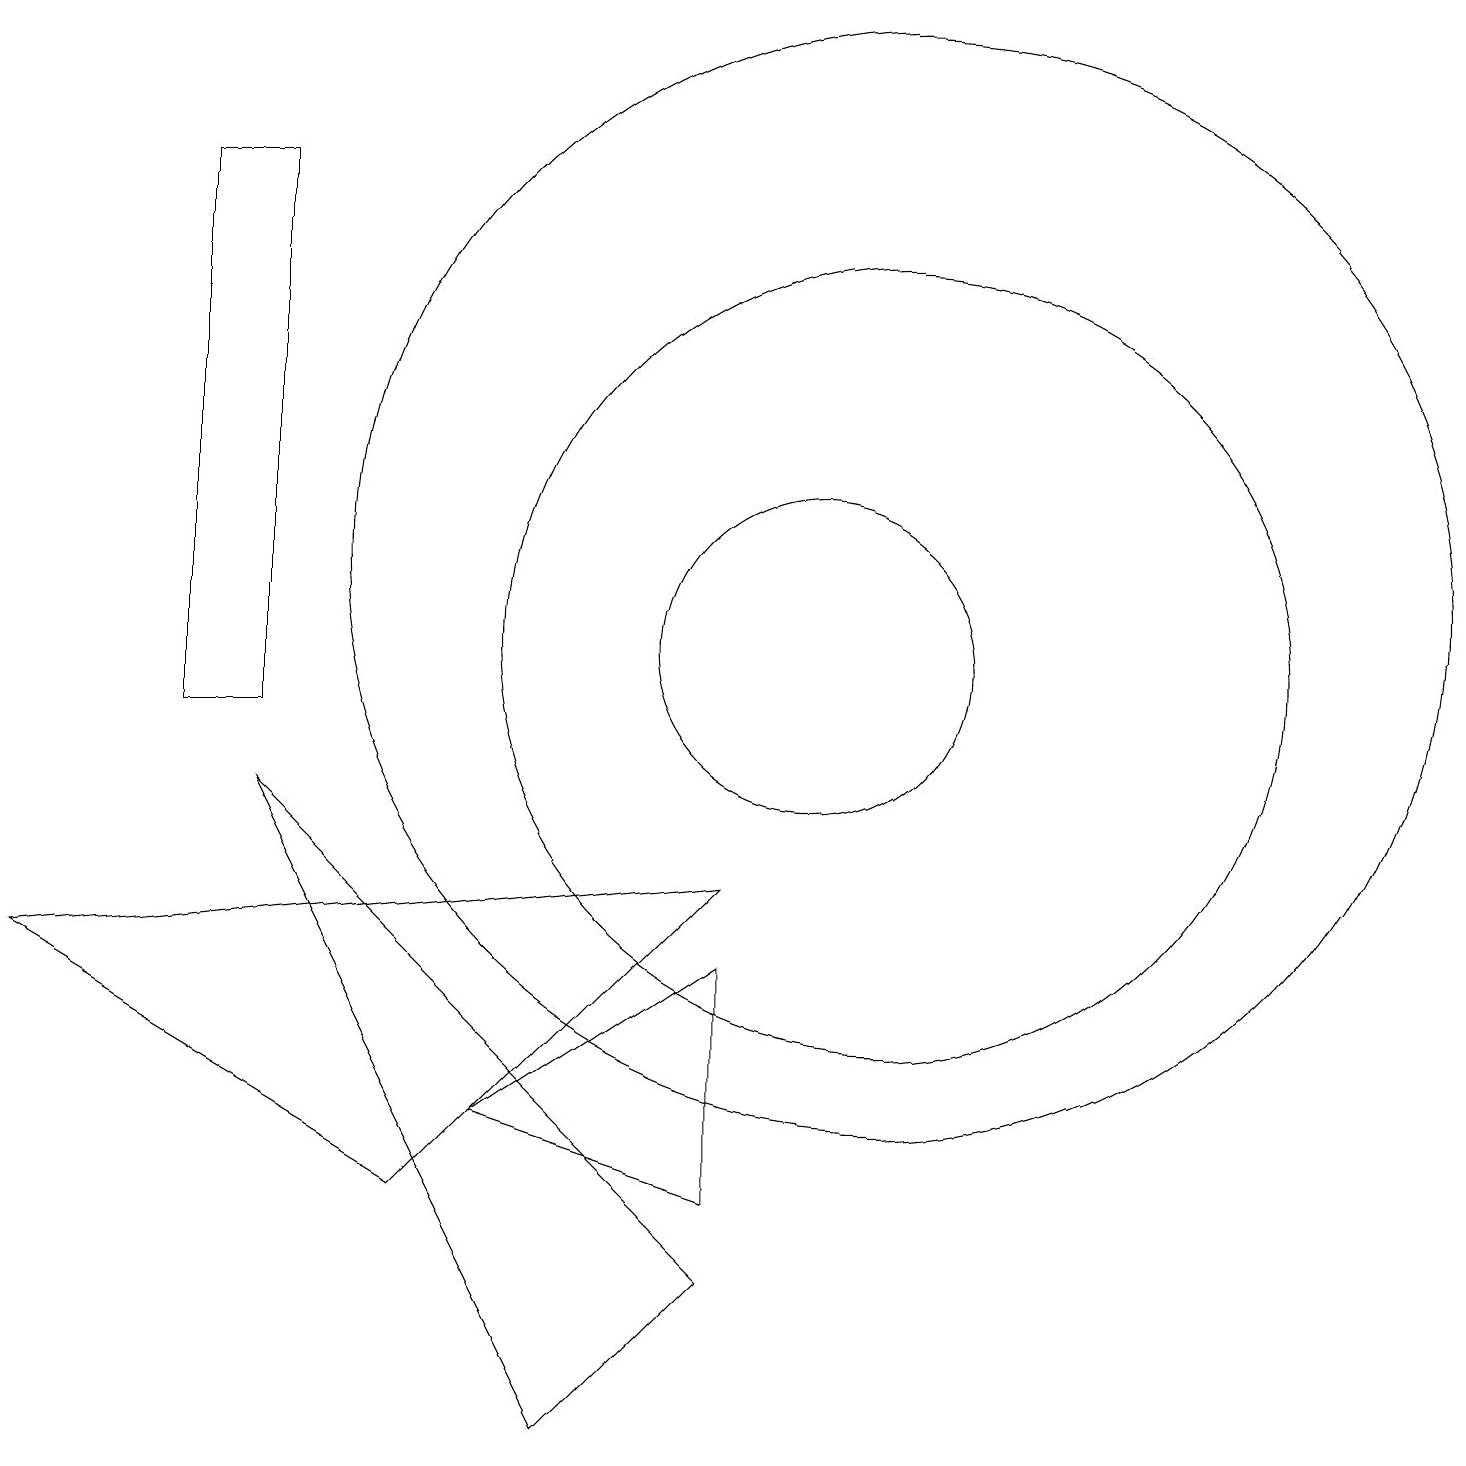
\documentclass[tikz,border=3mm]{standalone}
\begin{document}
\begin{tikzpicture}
\draw (0,7) -- (5,4) -- (9,8) -- cycle;
\draw (3,17) rectangle (2,10);
\draw (11,11) circle (5);
\draw (9,7) -- (6,5) -- (9,4) -- cycle;
\draw (10,11) circle (2);
\draw (11,12) circle (7);
\draw (9,3) -- (7,1) -- (3,9) -- cycle;
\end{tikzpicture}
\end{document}